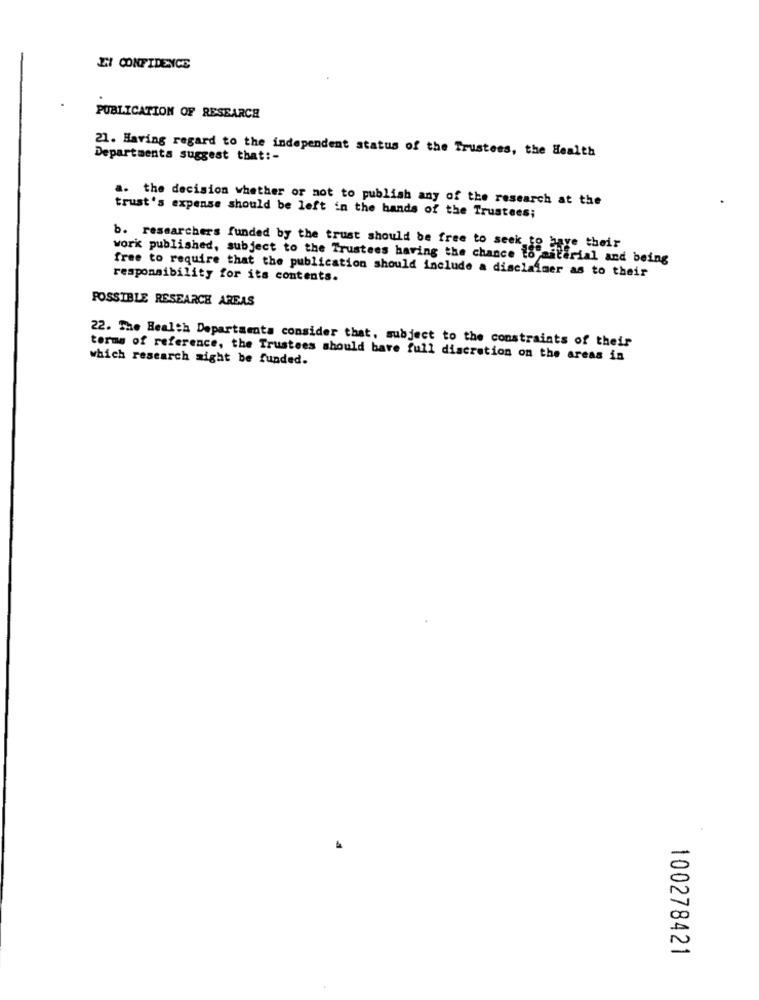
ZI CONFIDENCE
PUBLICATION OF RESEARCH
21. Having regard to the independent status of the Trustees, the Health
Departments suggest that :-
a. the decision whether or not to publish any of the research at the
trust's expense should be left in the hands of the Trustees;
b. researchers funded by the trust should be free to seek
work published, subject to the Trustees having the chance de Give their
atErial and being
free to require that the publication should include a disclaimer as to their
responsibility for its contents.
POSSIBLE RESEARCH AREAS
22. The Health Departments consider that, subject to the constraints of their
which research might be funded.
terms of reference, the Trustees should bare full discretion on the areas in
100278421